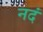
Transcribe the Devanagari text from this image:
नदं